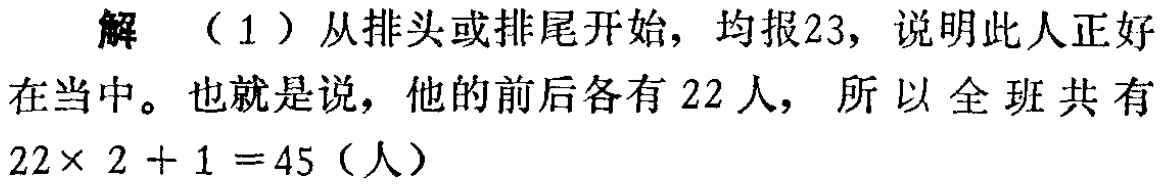
解 （1）从排头或排尾开始，均报23，说明此人正好在当中。也就是说，他的前后各有22人，所以全班共有 \(22\times 2 + 1 = 45\)（人）